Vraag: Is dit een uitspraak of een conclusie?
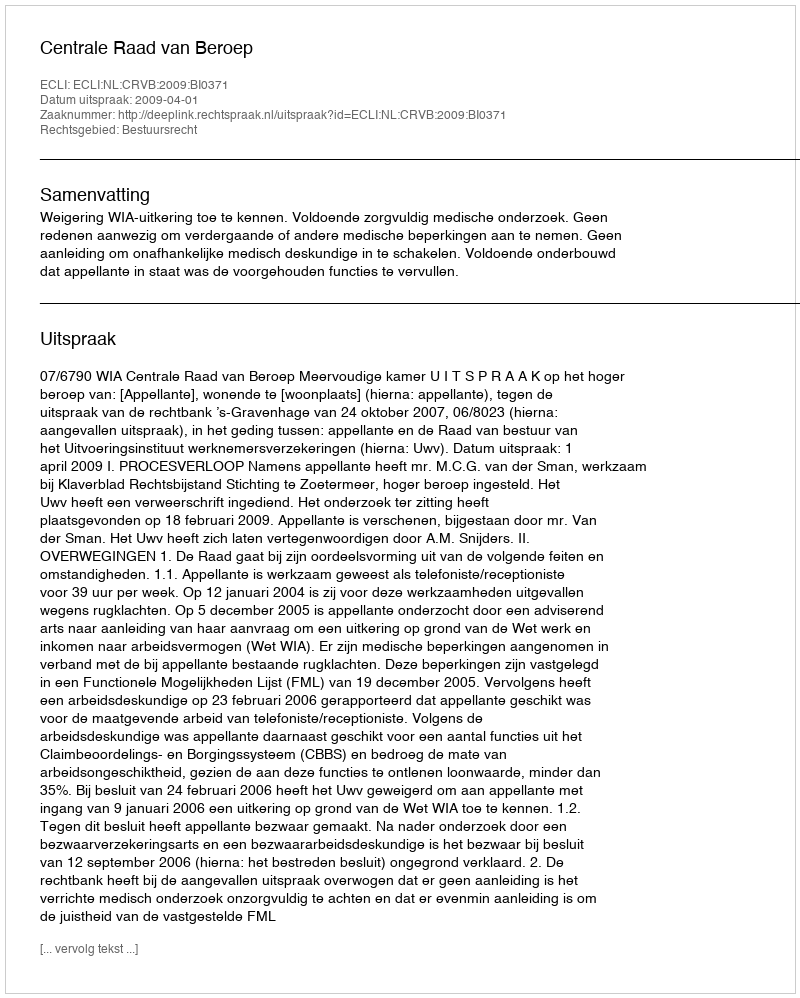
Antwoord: Uitspraak